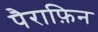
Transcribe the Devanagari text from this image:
पैराफ़िन